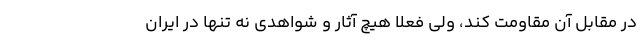
در مقابل آن مقاومت کند، ولی فعلا هیچ آثار و شواهدی نه تنها در ایران